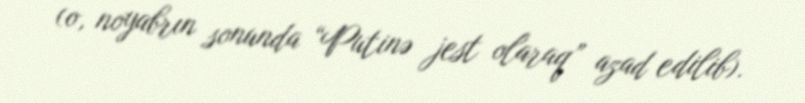
(o, noyabrın sonunda “Putinə jest olaraq” azad edilib).